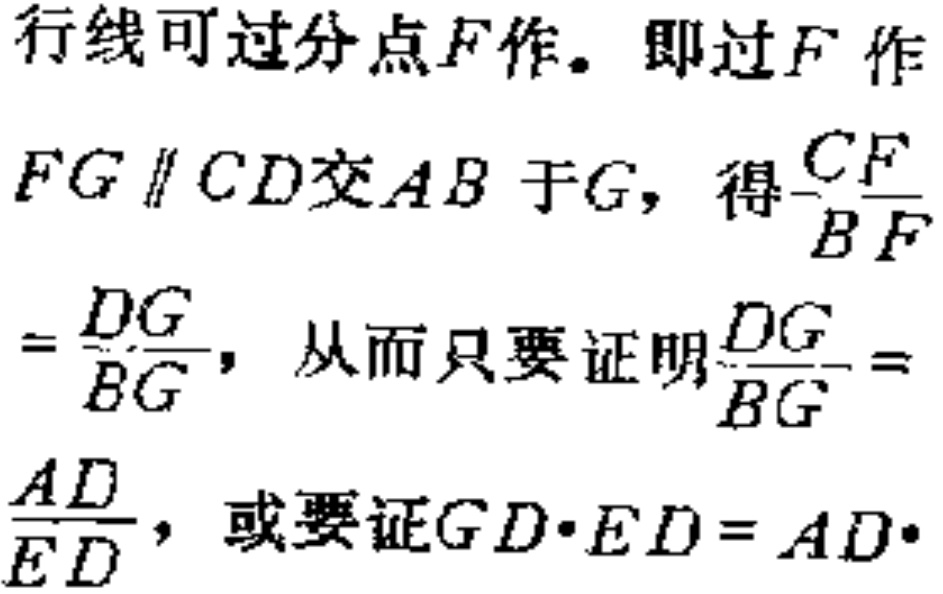
行线可过分点\(F\)作。即过\(F\)作\(FG \parallel CD\)交\(AB\)于\(G\)，得\(\frac{CF}{BF}\)
\(=\frac{DG}{BG}\)，从而只要证明\(\frac{DG}{BG} =\)
\(\frac{AD}{ED}\)，或要证\(GD\cdot ED = AD\cdot\)